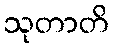
သုတာတိ